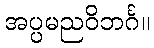
အပ္ပမညဝိဘင်္ဂ။